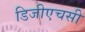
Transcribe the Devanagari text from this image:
डिजीएचसी